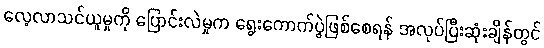
လေ့လာသင်ယူမှုကို ပြောင်းလဲမှုက ရွေးကောက်ပွဲဖြစ်စေရန် အလုပ်ပြီးဆုံးချိန်တွင်